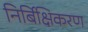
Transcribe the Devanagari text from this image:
निर्बिक्षिकरण